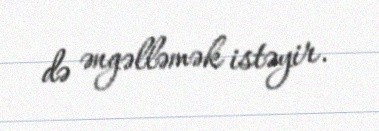
də əngəlləmək istəyir.